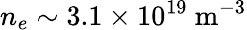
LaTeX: n_{e}\sim 3.1\times 10^{19}~\mathrm{m^{-3}}